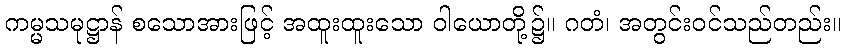
ကမ္မသမုဋ္ဌာန် စသောအားဖြင့် အထူးထူးသော ဝါယောတို့၌။ ဂတံ၊ အတွင်းဝင်သည်တည်း။